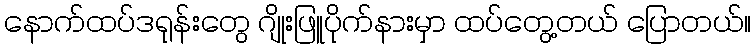
နောက်ထပ်ဒရုန်းတွေ ဂျိုးဖြူပိုက်နားမှာ ထပ်တွေ့တယ် ပြောတယ်။